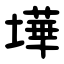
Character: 墷